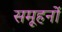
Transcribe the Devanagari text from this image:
समूहनों